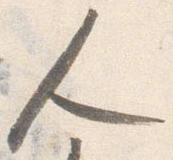
人